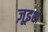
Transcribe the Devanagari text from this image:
ज़ूइश